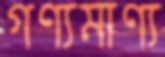
গণ্যমাণ্য